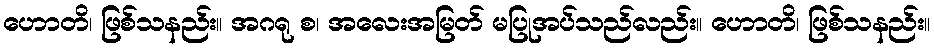
ဟောတိ၊ ဖြစ်သနည်း။ အဂရု စ၊ အလေးအမြတ် မပြုအပ်သည်လည်း။ ဟောတိ၊ ဖြစ်သနည်း။